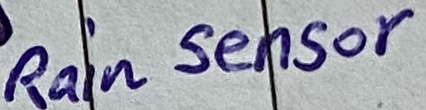
Text: Rain Sensor